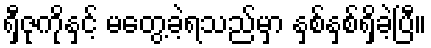
ရှီဇုကိုနှင့် မတွေ့ခဲ့ရသည်မှာ နှစ်နှစ်ရှိခဲ့ပြီ။